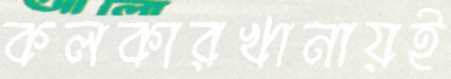
কলকারখানায়ই